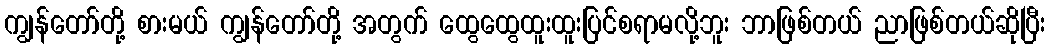
ကျွန်တော်တို့ စားမယ် ကျွန်တော်တို့ အတွက် ထွေထွေထူးထူးပြင်စရာမလို့ဘူး ဘာဖြစ်တယ် ညာဖြစ်တယ်ဆိုပြီး